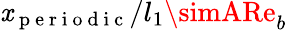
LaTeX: \mathit{x}_{\mathrm{{~p~e~r~i~o~d~i~c~}}}/l_{1}\simARe_{b}